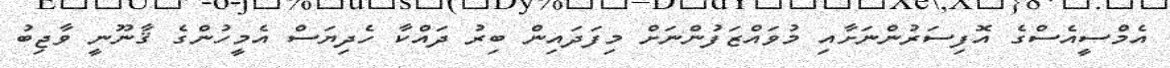
އެމްސީއެސްގެ އޮފިސަރުންނަށާއި މުވައްޒަފުންނަށް މިފަދައިން ބިރު ދައްކާ ހެދިޔަސް އެމީހުންގެ ޤާނޫނީ ވާޖިބު